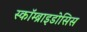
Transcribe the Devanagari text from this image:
स्कॉम्ब्राइडोसिस